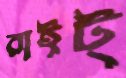
রাইট্